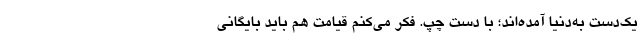
یک‌دست به‌دنیا آمده‌اند؛ با دستِ چپ. فکر می‌کنم قیامت هم باید بایگانی